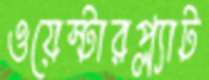
ওয়েস্টারপ্ল্যাট